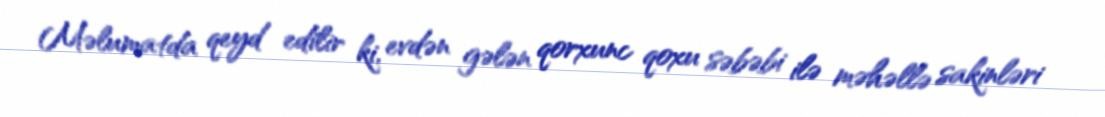
Məlumatda qeyd edilir ki, evdən gələn qorxunc qoxu səbəbi ilə məhəllə sakinləri